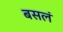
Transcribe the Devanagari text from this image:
बसलं